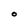
Character: O